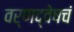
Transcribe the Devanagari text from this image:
वर्णद्वेषचं